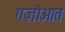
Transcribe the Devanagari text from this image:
गज़ोआत